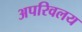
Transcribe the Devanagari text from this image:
अपरिवलय